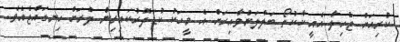
ކުރިއަށް ޖެހިލާ އެއީ ކާކުތޯ ބަލާލަންވާއިރަށް އެ މީހަކު ކުޑަދޮރުކައިރިން ދުރަށް ހިނގައްޖެއެވެ.